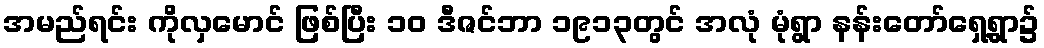
အမည်ရင်း ကိုလှမောင် ဖြစ်ပြီး ၁၀ ဒီဇင်ဘာ ၁၉၁၃တွင် အလုံ မုံရွာ နန်းတော်ရှေ့ရွာ၌